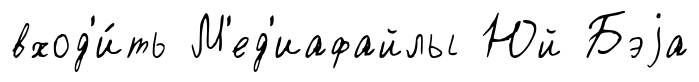
вход'и́ть М'ед'иафайлы Юй Бэjа